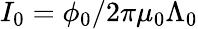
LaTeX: I_{0}=\phi_{0}/2\pi\mu_{0}\Lambda_{0}